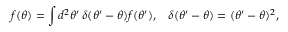
f ( \theta ) = \int d ^ { 2 } \theta ^ { \prime } \, \delta ( \theta ^ { \prime } - \theta ) f ( \theta ^ { \prime } ) , \; \; \; \delta ( \theta ^ { \prime } - \theta ) = ( \theta ^ { \prime } - \theta ) ^ { 2 } ,